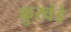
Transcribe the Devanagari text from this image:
कुरवंडे